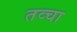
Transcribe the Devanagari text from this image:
तव्चा